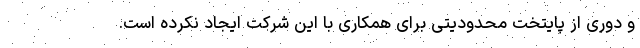
و دوری از پایتخت محدودیتی برای همکاری با این شرکت ایجاد نکرده است.